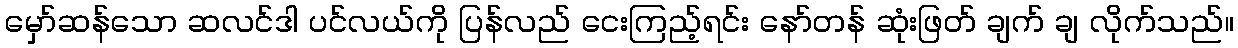
မှော်ဆန်သော ဆလင်ဒါ ပင်လယ်ကို ပြန်လည် ငေးကြည့်ရင်း နော်တန် ဆုံးဖြတ် ချက် ချ လိုက်သည်။